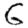
Digit: 6